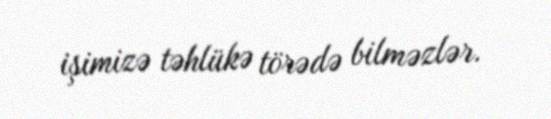
işimizə təhlükə törədə bilməzlər.